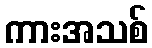
ကားအသစ်